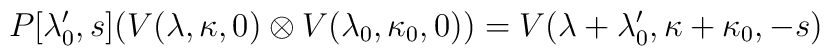
P[\lambda_0',s] (V(\lambda,\kappa,0)\otimes V(\lambda_0,\kappa_0,0))={V}(\lambda+\lambda_0',\kappa+\kappa_0,-s)